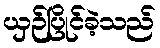
ယှဉ်ပြိုင်ခဲ့သည်